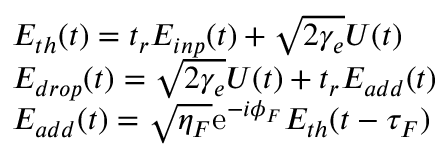
\begin{array} { r l } & { E _ { t h } ( t ) = t _ { r } E _ { i n p } ( t ) + \sqrt { 2 \gamma _ { e } } U ( t ) } \\ & { E _ { d r o p } ( t ) = \sqrt { 2 \gamma _ { e } } U ( t ) + t _ { r } E _ { a d d } ( t ) } \\ & { E _ { a d d } ( t ) = \sqrt { \eta _ { F } } \mathrm { e } ^ { - i \phi _ { F } } E _ { t h } ( t - \tau _ { F } ) } \end{array}